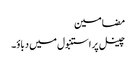
مضامین
چینل پر استنبول میں دباؤ۔